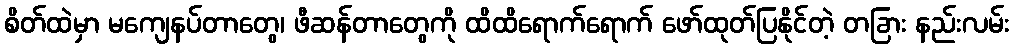
စိတ်ထဲမှာ မကျေနပ်တာတွေ၊ ဖီဆန်တာတွေကို ထိထိရောက်ရောက် ဖော်ထုတ်ပြနိုင်တဲ့ တခြား နည်းလမ်း